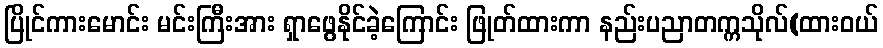
ပြိုင်ကားမောင်း မင်းကြီးအား ရှာဖွေနိုင်ခဲ့ကြောင်း ဖြုတ်ထားကာ နည်းပညာတက္ကသိုလ်(ထားဝယ်